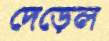
দেড়েল